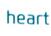
heart